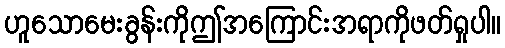
ဟူသောမေးခွန်းကိုဤအကြောင်းအရာကိုဖတ်ရှုပါ။